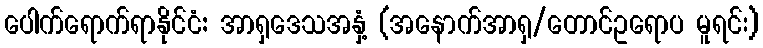
ပေါက်ရောက်ရာနိုင်ငံ: အာရှဒေသအနှံ့ (အနောက်အာရှ/တောင်ဥရောပ မူရင်း)